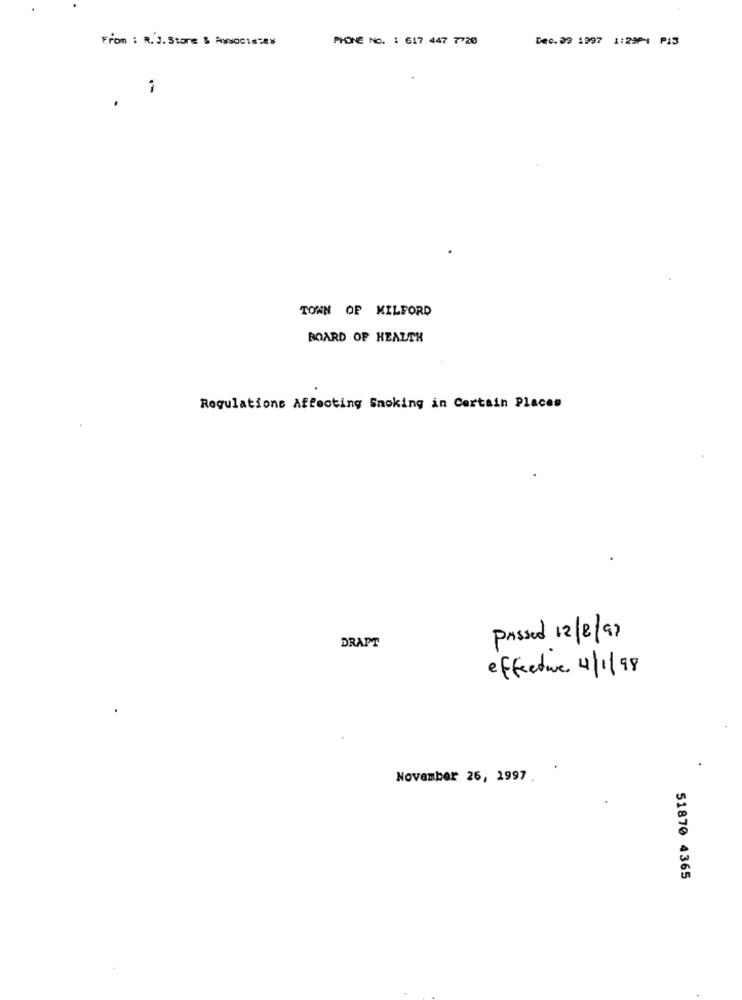
From : R. J. Store & Assoc18288
PHONE NO. : 617 447 7720
Dec. 29 1997 1:29P1 P13
TOWN OF MILFORD
BOARD OF HEALTH
Regulations Affecting Smoking in Certain Places
Passed 12/2/97
DRAFT
effective 4/1/98
November 26, 1997 .
51870 4365